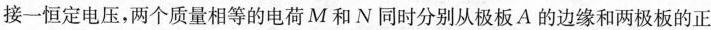
接一恒定电压，两个质量相等的电荷M和N同时分别从极板A的边缘和两极板的正